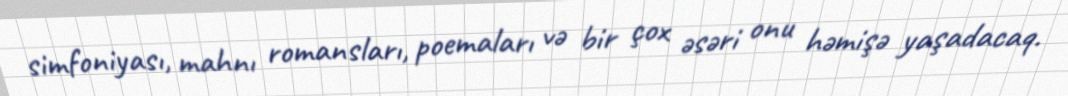
simfoniyası, mahnı romansları, poemaları və bir çox əsəri onu həmişə yaşadacaq.